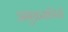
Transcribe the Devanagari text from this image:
अनुक्रमणियों